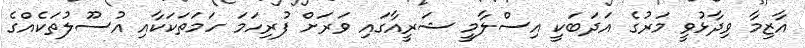
އާޒިމާ ވިދާޅުވީ މަރުގެ އަދަބަކީ އިސްލާމީ ޝަރީއާގައި ވަރަށް ފުރިހަމަ ހަމަތަކަކާއި އުސޫލުތަކެއްގެ